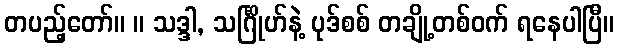
တပည့်တော်။ ။ သဒ္ဒါ, သင်္ဂြိုဟ်နဲ့ ပုဒ်စစ် တချို့တစ်ဝက် ရနေပါပြီ။